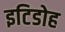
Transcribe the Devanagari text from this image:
इटिडोह